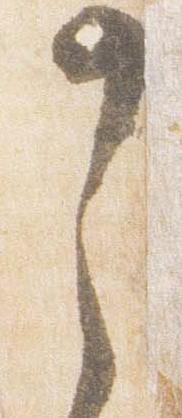
之